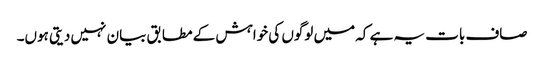
صاف بات یہ ہے کہ میں لوگوں کی خواہش کے مطابق بیان نہیں دیتی ہوں۔